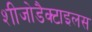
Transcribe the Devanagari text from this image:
शीजोडैक्टाइलस